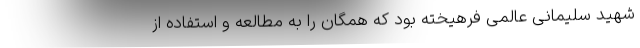
شهید سلیمانی عالمی فرهیخته بود که همگان را به مطالعه و استفاده از